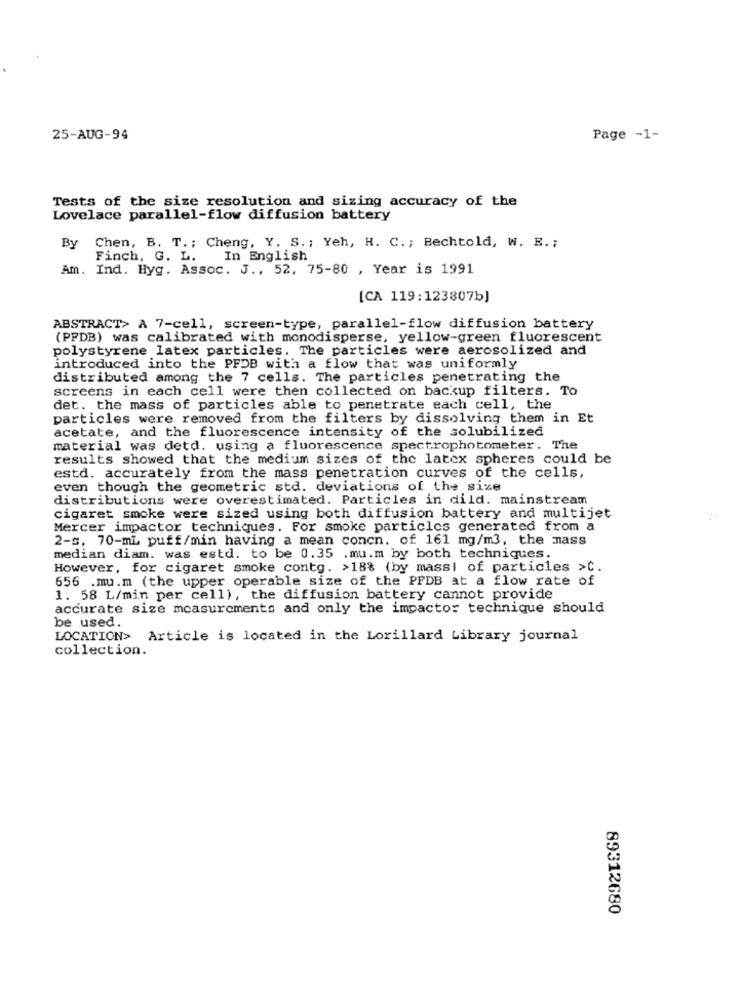
25-AUG-94
Page -1-
Tests of the size resolution and sizing accuracy of the
Lovelace parallel-flow diffusion battery
By
Chen, B. T. ; Cheng, Y. S. ; Yeh, H. C. ; Bechtold, W. B. ;
Finch, G. L.
In English
Am. Ind. Hyg. Assoc. J ., 52, 75-80 , Year is 1991
[CA 119:123807b]
ABSTRACT> A 7-cell, screen-type, parallel-flow diffusion battery
(PPDB) was calibrated with monodisperse, yellow-green fluorescent
polystyrene latex particles. The particles were aerosolized and
introduced into the PFDB with a flow that was uniformly
distributed among the 7 cells. The particles penetrating the
screens in each cell were then collected on backup filters. To
det. the mass of particles able to penetrate each cell, the
particles were removed from the filters by dissolving them in Et
acetate, and the fluorescence intensity of the solubilized
material was detd. using a fluorescence spectrophotometer. The
results showed that the medium sizes of the latex spheres could be
estd. accurately from the mass penetration curves of the cells,
even though the geometric std. deviations of the size
distributions were overestimated. Particles in dild. mainstream
cigaret smoke were sized using both diffusion battery and multijet
Mercer impactor techniques. For smoke particles generated from a
2-s, 70-mi puff/min having a mean concn. of 161 mg/m3, the mass
median diam. was estd. to be 0.35 .mu.m by both techniques.
However, for cigaret smoke contg. >18% (by massl of particles >C.
656 .mu.m (the upper operable size of the PFDB at a flow rate of
1. 58 L/min per cell), the diffusion battery cannot provide
accurate size measurements and only the impactor technique should
be used.
LOCATION> Article is located in the Lorillard Library journal
collection.
89312680